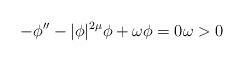
LaTeX: \begin{align*}-\phi'' - |\phi|^{2\mu} \phi +\omega \phi =0 \omega >0\end{align*}